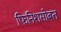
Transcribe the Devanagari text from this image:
फिनिशसोबत